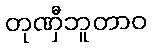
တုဏှီဘူတာဝ